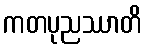
ကတပုညဿာတိ